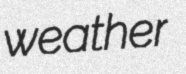
weather